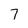
Character: 7